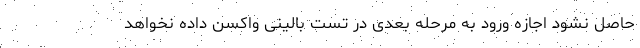
حاصل نشود اجازه ورود به مرحله بعدی در تست بالینی واکسن داده نخواهد